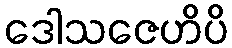
ဒေါသဇေဟိပိ